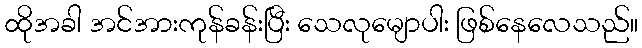
ထိုအခါ အင်အားကုန်ခန်းပြီး သေလုမျောပါး ဖြစ်နေလေသည်။